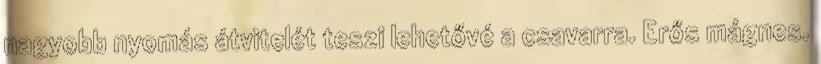
nagyobb nyomás átvitelét teszi lehetővé a csavarra. Erős mágnes.